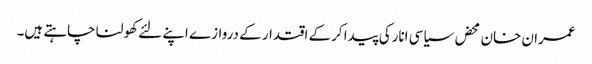
عمران خان محض سیاسی انارکی پیدا کرکے اقتدار کے دروازے اپنے لئے کھولنا چاہتے ہیں۔